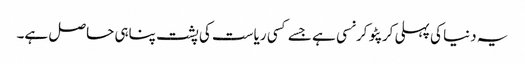
یہ دنیا کی پہلی کرپٹو کرنسی ہے جسے کسی ریاست کی پشت پناہی حاصل ہے۔